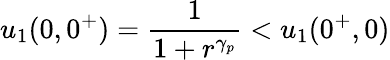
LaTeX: u_{1}(0,0^{+})=\frac{1}{1+r^{\gamma_{p}}}<u_{1}(0^{+},0)